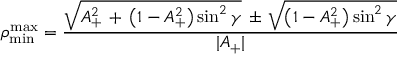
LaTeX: \rho _ { \mathrm { m i n } } ^ { \mathrm { m a x } } = \frac { \sqrt { A _ { + } ^ { 2 } \, + \, \left( 1 - A _ { + } ^ { 2 } \right) \sin ^ { 2 } \gamma } \, \pm \, \sqrt { \left( 1 - A _ { + } ^ { 2 } \right) \sin ^ { 2 } \gamma } } { | A _ { + } | }